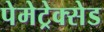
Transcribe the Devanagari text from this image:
पेमेट्रेक्सेड